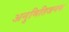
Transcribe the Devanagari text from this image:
अनुमितिजनक